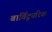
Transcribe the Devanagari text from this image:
बार्विट्यूरिक